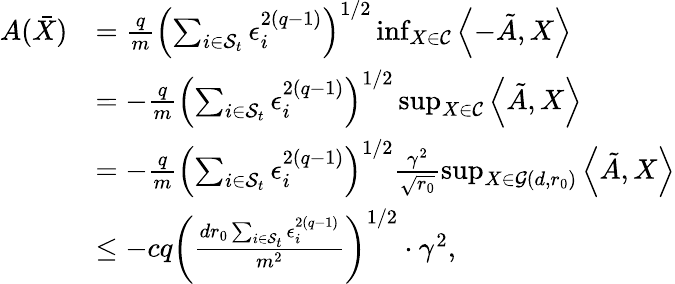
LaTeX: \begin{array}{rl}{A(\bar{X})}&{=\frac{q}{m}\left(\sum_{i\in\mathcal{S}_{t}}\epsilon_{i}^{2(q-1)}\right)^{1/2}\operatorname*{inf}_{X\in\mathcal{C}}\left\langle-\tilde{A},X\right\rangle}\\ &{=-\frac{q}{m}\left(\sum_{i\in\mathcal{S}_{t}}\epsilon_{i}^{2(q-1)}\right)^{1/2}\operatorname*{sup}_{X\in\mathcal{C}}\left\langle\tilde{A},X\right\rangle}\\ &{=-\frac{q}{m}\left(\sum_{i\in\mathcal{S}_{t}}\epsilon_{i}^{2(q-1)}\right)^{1/2}\frac{\gamma^{2}}{\sqrt{r_{0}}}\operatorname*{sup}_{X\in\mathcal{G}(d,r_{0})}\left\langle\tilde{A},X\right\rangle}\\ &{\leq-cq\left(\frac{dr_{0}\sum_{i\in\mathcal{S}_{t}}\epsilon_{i}^{2(q-1)}}{m^{2}}\right)^{1/2}\cdot\gamma^{2},}\end{array}